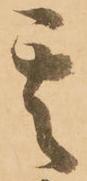
其